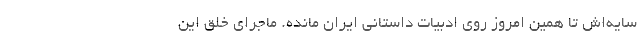
سایه‌اش تا همین امروز روی ادبیات داستانی ایران مانده. ماجرای خلق این